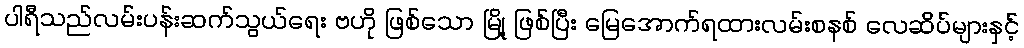
ပါရီသည်လမ်းပန်းဆက်သွယ်ရေး ဗဟို ဖြစ်သော မြို့ ဖြစ်ပြီး မြေအောက်ရထားလမ်းစနစ် လေဆိပ်များနှင့်